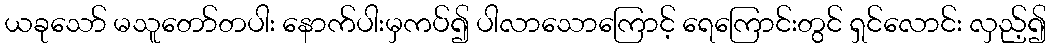
ယခုသော် မသူတော်တပါး နောက်ပါးမှကပ်၍ ပါလာသောကြောင့် ရေကြောင်းတွင် ရှင်လောင်း လှည့်၍